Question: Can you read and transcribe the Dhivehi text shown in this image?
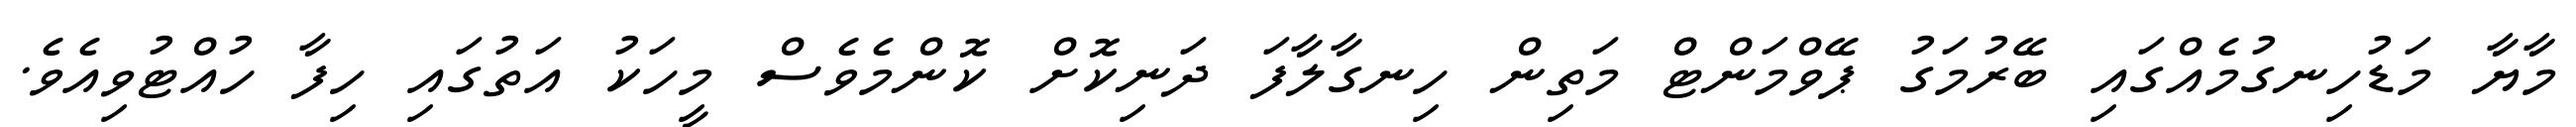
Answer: މާޔާ މަޑުހިނގުމެއްގައި ބޭރުމަގު ޕޭވްމަންޓް މަތިން ހިނގާލާފަ ދަނިކޮށް ކޮންމެވެސް މީހަކު އަތުގައި ހިފާ ހުއްޓުވިއެވެ.